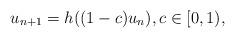
LaTeX: \begin{align*}u_{n+1}=h((1-c) u_n), c \in [0,1),\end{align*}